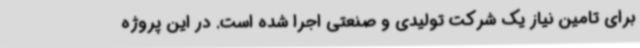
برای تامین نیاز یک شرکت تولیدی و صنعتی اجرا شده است. در این پروژه